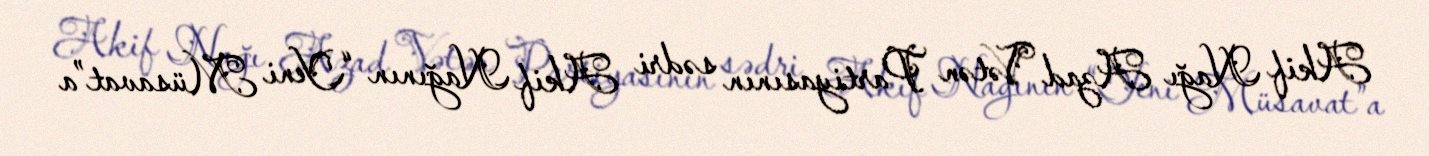
Akif Nağı Azad Vətən Partiyasının sədri Akif Nağının “Yeni Müsavat”a